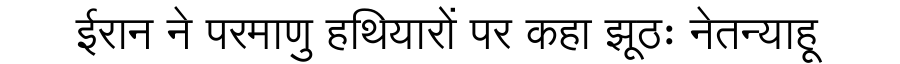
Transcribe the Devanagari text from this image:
ईरान ने परमाणु हथियारों पर कहा झूठः नेतन्याहू